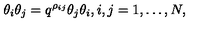
\theta _ { i } \theta _ { j } = q ^ { \rho _ { i j } } \theta _ { j } \theta _ { i } , i , j = 1 , \dots , N ,